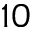
^ { 1 0 }